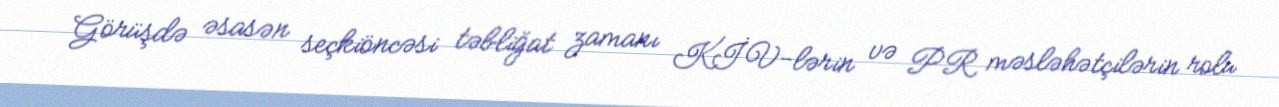
Görüşdə əsasən seçkiöncəsi təbliğat zamanı KİV-lərin və PR məsləhətçilərin rolu